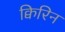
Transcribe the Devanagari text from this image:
क्विरिन